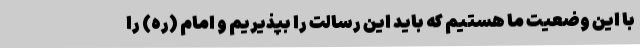
با این وضعیت ما هستیم که باید این رسالت را بپذیریم و امام (ره) را